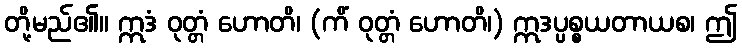
တို့မည်၏။ ဣဒံ ဝုတ္တံ ဟောတိ၊ (ကိံ ဝုတ္တံ ဟောတိ၊) ဣဒပ္ပစ္စယတာယစ၊ ဤ